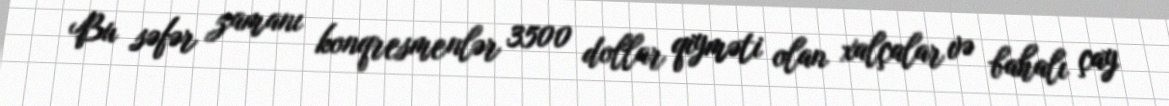
Bu səfər zamanı konqresmenlər 3500 dollar qiyməti olan xalçalar və bahalı çay